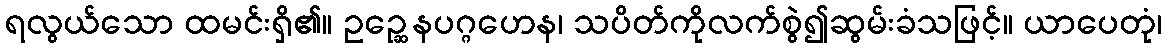
ရလွယ်သော ထမင်းရှိ၏။ ဥဉ္ဆေနပဂ္ဂဟေန၊ သပိတ်ကိုလက်စွဲ၍ဆွမ်းခံသဖြင့်။ ယာပေတုံ၊